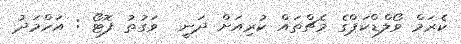
ކެރަމް ވޯލްޑްކަޕްގެ މެޗްތައް ކުރިއަށް ދަނީ  ވަގުތު ފޮޓޯ : އަހްމަދު